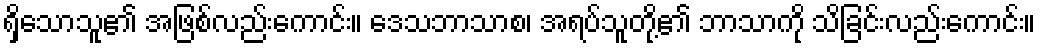
ရှိသောသူ၏ အဖြစ်လည်းကောင်း။ ဒေသဘာသာစ၊ အရပ်သူတို့၏ ဘာသာကို သိခြင်းလည်းကောင်း။